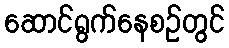
ဆောင်ရွက်နေစဉ်တွင်